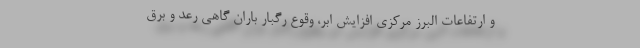
و ارتفاعات البرز مرکزی افزایش ابر، وقوع رگبار باران گاهی رعد و برق